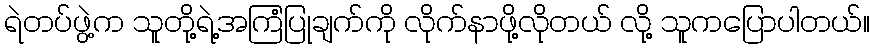
ရဲတပ်ဖွဲ့က သူတို့ရဲ့အကြံပြုချက်ကို လိုက်နာဖို့လိုတယ် လို့ သူကပြောပါတယ်။